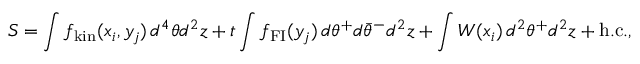
S = \int f _ { \mathrm { k i n } } ( x _ { i } , y _ { j } ) \, d ^ { 4 } \theta d ^ { 2 } z + t \int f _ { \mathrm { F I } } ( y _ { j } ) \, d \theta ^ { + } d \bar { \theta } ^ { - } d ^ { 2 } z + \int W ( x _ { i } ) \, d ^ { 2 } \theta ^ { + } d ^ { 2 } z + \mathrm { h . c . } ,